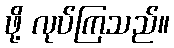
ဖို့ လုပ်ကြသည်။